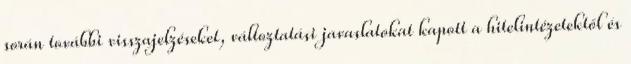
során további visszajelzéseket, változtatási javaslatokat kapott a hitelintézetektől és